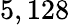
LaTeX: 5,128